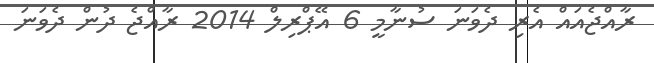
ރާއްޖެއައް އެރި ދެވަނަ ސުނާމީ 6 އޭޕްރިލް 2014 ރާއްޖެ ދުން ދެވަނަ